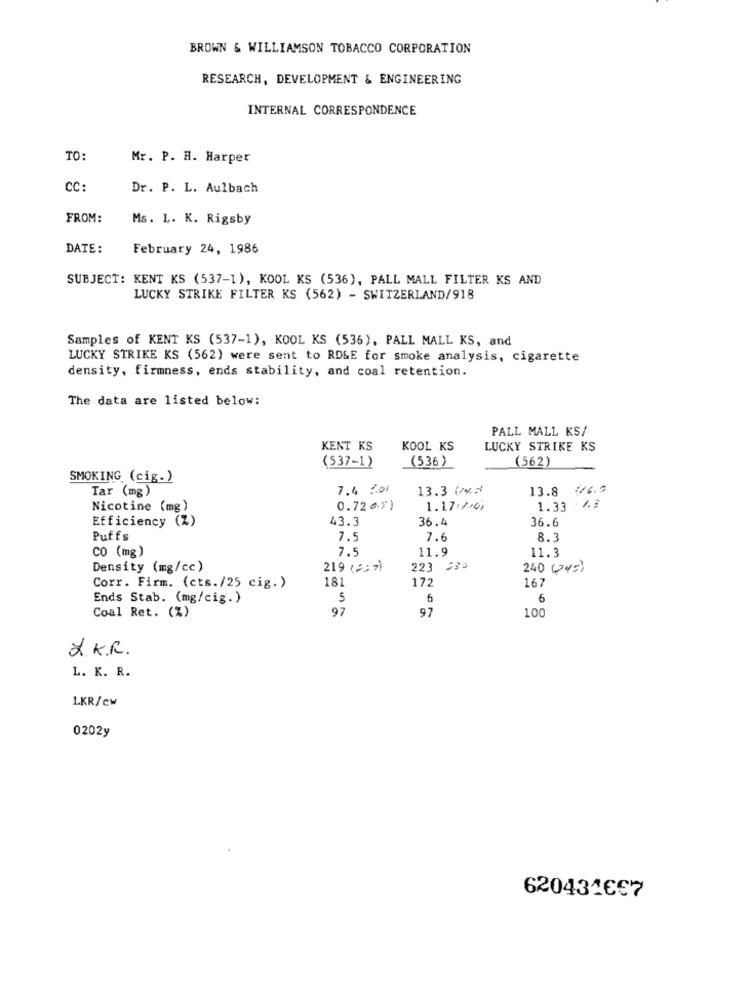
BROWN & WILLIAMSON TOBACCO CORPORATION
RESEARCH, DEVELOPMENT & ENGINEERING
INTERNAL CORRESPONDENCE
TO:
Mr. P. H. Harper
CC:
Dr. P. L. Aulbach
FROM:
Ms. L. K. Rigsby
DATE:
February 24, 1986
SUBJECT: KENT KS (537-1), KOOL KS (536), PALL MALL FILTER KS AND
LUCKY STRIKE FILTER KS (562) - SWITZERLAND/918
Samples of KENT KS (537-1), KOOL KS (536), PALL MALL KS, and
LUCKY STRIKE KS (562) were sent to ROLE for smoke analysis, cigarette
density, firmness, ends stability, and coal retention.
The data are listed below:
PALL MALL KS/
KENT KS
KOOL KS
LUCKY STRIKE KS
(537-1)
(536)
(562)
SMOKING (cig.)
Tar (mg)
7.4 2.01
13.3 Vvs)
13.8 (6.9
Nicotine (mg)
0.72 6x)
1.17/01
1.33 .4.3
43.3
36.4
36.6
Efficiency (Z)
Puffs
7.5
7.6
8.3
CO (mg)
7.5
11.9
11.3
Density (mg/cc)
219 (337)
223 333
240 ( 45)
181
172
167
Corr. Firm. (cts./25 cig.)
Ends Stab. (mg/cig.)
S
6
6
Coal Ret. (%)
97
97
100
X.K.R.
L. K. R.
LKR/cw
0202y
6204316€7